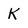
Character: K